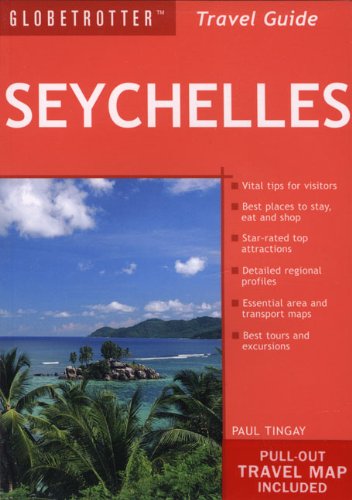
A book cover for Seychelles Travel Pack (Globetrotter Travel Packs); Paul Tingay; Travel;